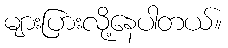
များပြားလို့နေပါတယ်။